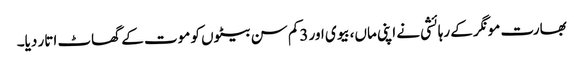
بھارت مونگر کے رہائشی نے اپنی ماں،بیوی اور 3کم سن بیٹوں کو موت کے گھاٹ اتار دیا۔